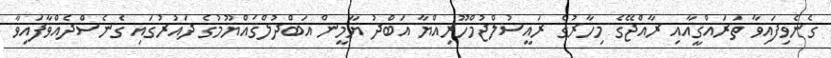
ގެނެވިފައިވާ ތަރައްޤީއާއި ރާއްޖޭގެ މިހާރުގެ ރައީސުލްޖުމްހޫރިއްޔާ އަބްދު ޔާމީން އަބްދުލްޤައްޔޫމުގެ ދައުރުގައި ގެނެސްދެއްވާފައިވާ